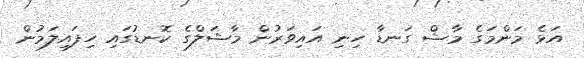
އަޅެ މަންމަގެ މާޝް ގަނޑާ ހިނި އައިވަރުން މާޝަލްގެ ކޮނޑުގައި ހިފައިލަމުން